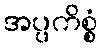
အပ္ပကိစ္စံ